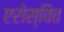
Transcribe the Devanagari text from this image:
एरोस्वित